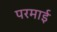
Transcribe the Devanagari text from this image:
परमाई